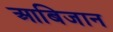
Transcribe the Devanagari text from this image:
आबिजान